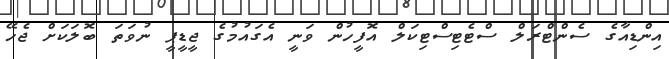
އިންޑިއާގެ ސެންޓްރަލް ސްޓެޓިސްޓިކަލް އޮފީހުން ވަނީ އެގައުމުގެ ޖީޑީޕީ ނުވަތަ ބޮލަކަށް ޖެހޭ